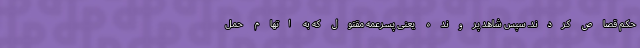
حکم قصاص کردند. سپس شاهد پرونده یعنی پسرعمه مقتول که به اتهام حمل